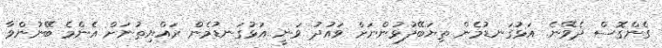
ގެންގޮސް ދެވޭނެ. އަޅުގަނޑުމެން ތިޔަބޭފުޅުންނަށް ވައުދު ވަނީ އަޅުގަނޑުމެން ރައްޔިތުނަށް އެންމެ ބޭނުންވާ